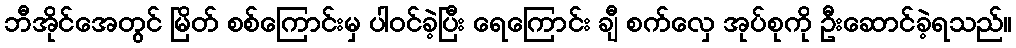
ဘီအိုင်အေတွင် မြိတ် စစ်ကြောင်းမှ ပါဝင်ခဲ့ပြီး ရေကြောင်း ချီ စက်လှေ အုပ်စုကို ဦးဆောင်ခဲ့ရသည်။